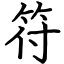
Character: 符